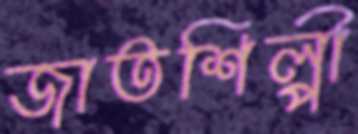
জাতশিল্পী